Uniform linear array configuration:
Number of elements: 16
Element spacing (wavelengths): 1
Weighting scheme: binomial
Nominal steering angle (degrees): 15
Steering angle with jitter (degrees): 13.47
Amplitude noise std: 0.05
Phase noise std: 0.05

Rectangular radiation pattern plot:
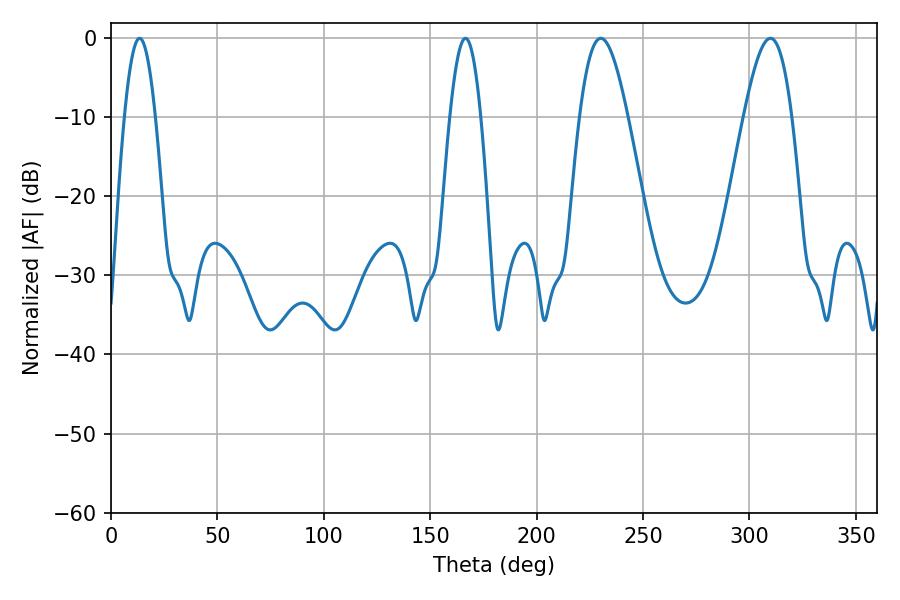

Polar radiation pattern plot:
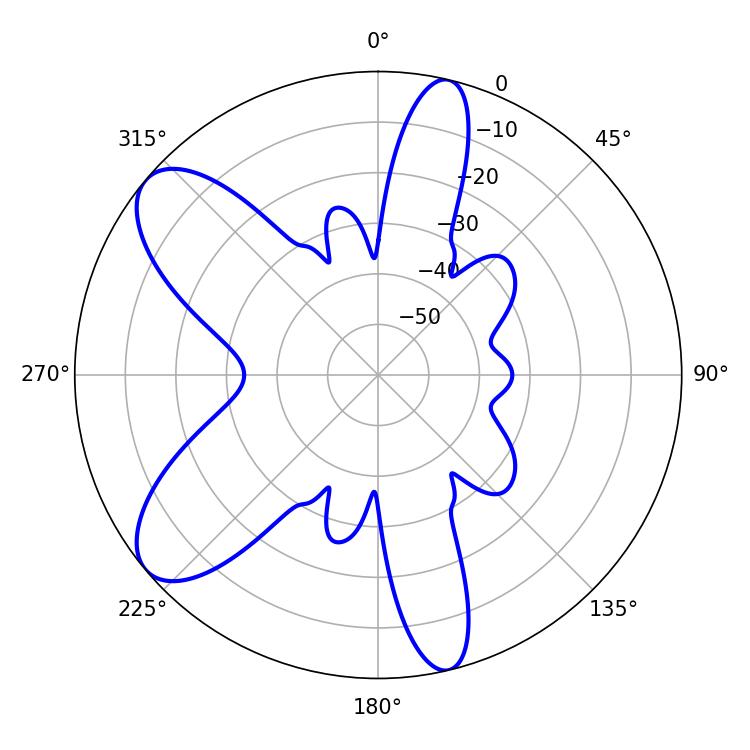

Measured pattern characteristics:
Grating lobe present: TRUE
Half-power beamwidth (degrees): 12.24
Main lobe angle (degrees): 230.22